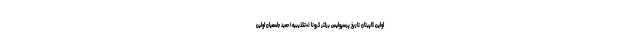
اولین کاپیتان تاریخ پرسپولیس براثر کرونا (+تکذیبیه) حمید جاسمیان اولین